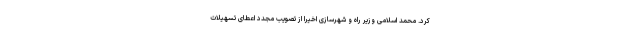
کرد. محمد اسلامی وزیر راه و شهرسازی اخیراً از تصویب مجدد اعطای تسهیلات